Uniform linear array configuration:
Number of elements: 4
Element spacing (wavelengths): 0.5
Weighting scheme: exponential
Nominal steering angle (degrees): -60
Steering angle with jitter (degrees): -59.518
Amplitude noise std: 0.05
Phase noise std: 0.05

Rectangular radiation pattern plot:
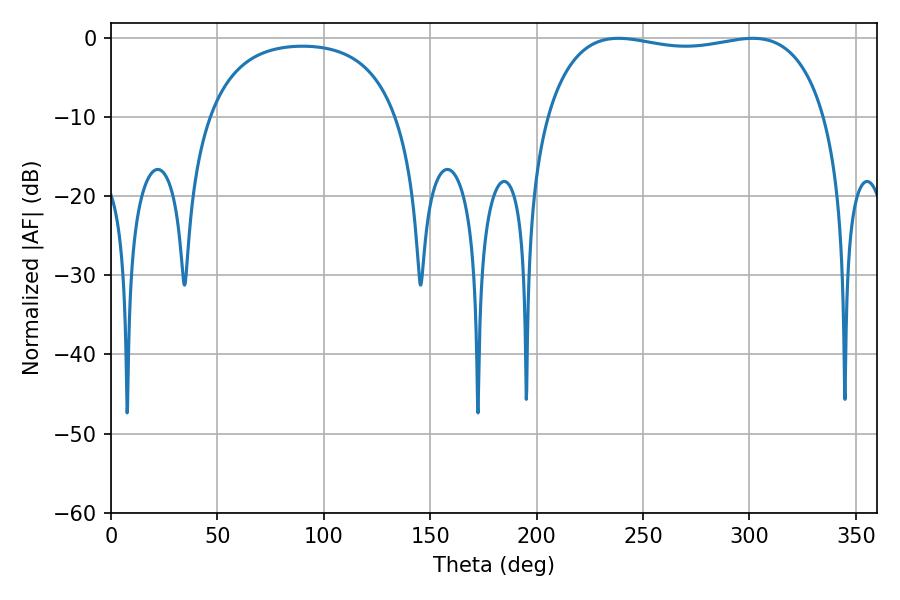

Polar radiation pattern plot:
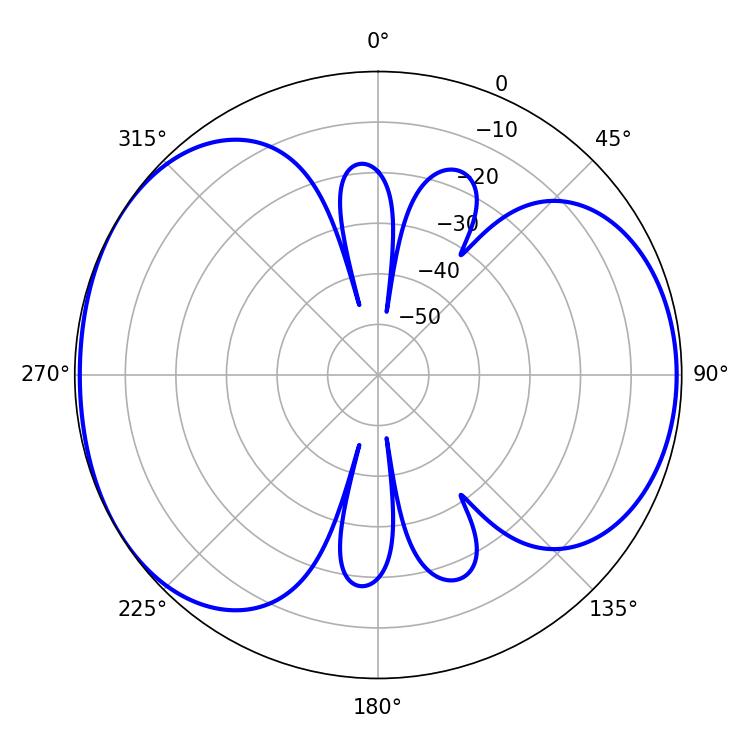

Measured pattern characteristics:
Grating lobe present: FALSE
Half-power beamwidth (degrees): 106.2
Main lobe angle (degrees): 238.5